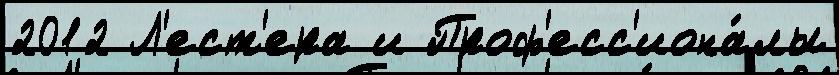
2012 Л'ест'ера и Проф'есс'иона́лы